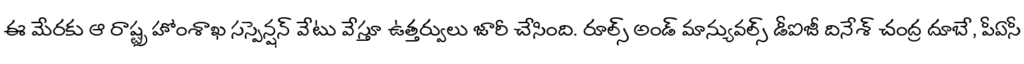
ఈ మేరకు ఆ రాష్ట్ర హోంశాఖ సస్పెన్షన్ వేటు వేస్తూ ఉత్తర్వులు జారీ చేసింది. రూల్స్ అండ్ మాన్యువల్స్ డీఐజీ దినేశ్ చంద్ర దూబే, పీఏసీ